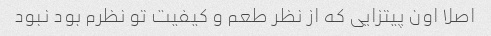
اصلا اون پیتزایی که از نظر طعم و کیفیت تو نظرم بود نبود